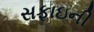
સફાઇની